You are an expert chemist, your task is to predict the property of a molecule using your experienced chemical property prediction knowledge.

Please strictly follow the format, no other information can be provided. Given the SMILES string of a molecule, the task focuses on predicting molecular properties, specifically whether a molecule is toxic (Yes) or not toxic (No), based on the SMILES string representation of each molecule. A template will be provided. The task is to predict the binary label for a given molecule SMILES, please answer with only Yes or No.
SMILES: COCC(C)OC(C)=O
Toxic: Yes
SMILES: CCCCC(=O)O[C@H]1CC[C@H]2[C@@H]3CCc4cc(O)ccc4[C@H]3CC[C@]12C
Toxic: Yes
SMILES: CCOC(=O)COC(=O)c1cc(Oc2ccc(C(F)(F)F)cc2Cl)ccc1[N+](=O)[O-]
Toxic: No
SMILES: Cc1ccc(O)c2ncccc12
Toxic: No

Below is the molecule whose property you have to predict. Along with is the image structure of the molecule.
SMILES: OCC(F)(F)F
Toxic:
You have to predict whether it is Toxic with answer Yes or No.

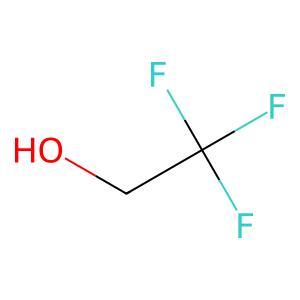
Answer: No